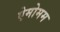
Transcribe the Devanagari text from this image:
ऐमोमम